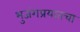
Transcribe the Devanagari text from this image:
भुजंगप्रयातचा